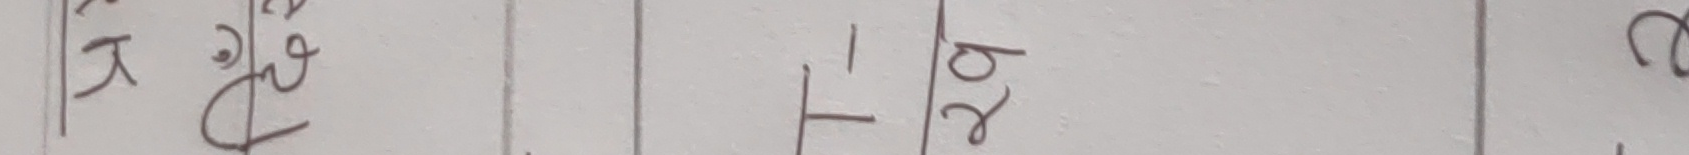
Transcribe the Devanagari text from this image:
के टु देव २७